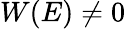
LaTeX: W(E)\neq 0